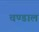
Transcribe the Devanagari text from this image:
चण्डालं